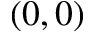
( 0 , 0 )